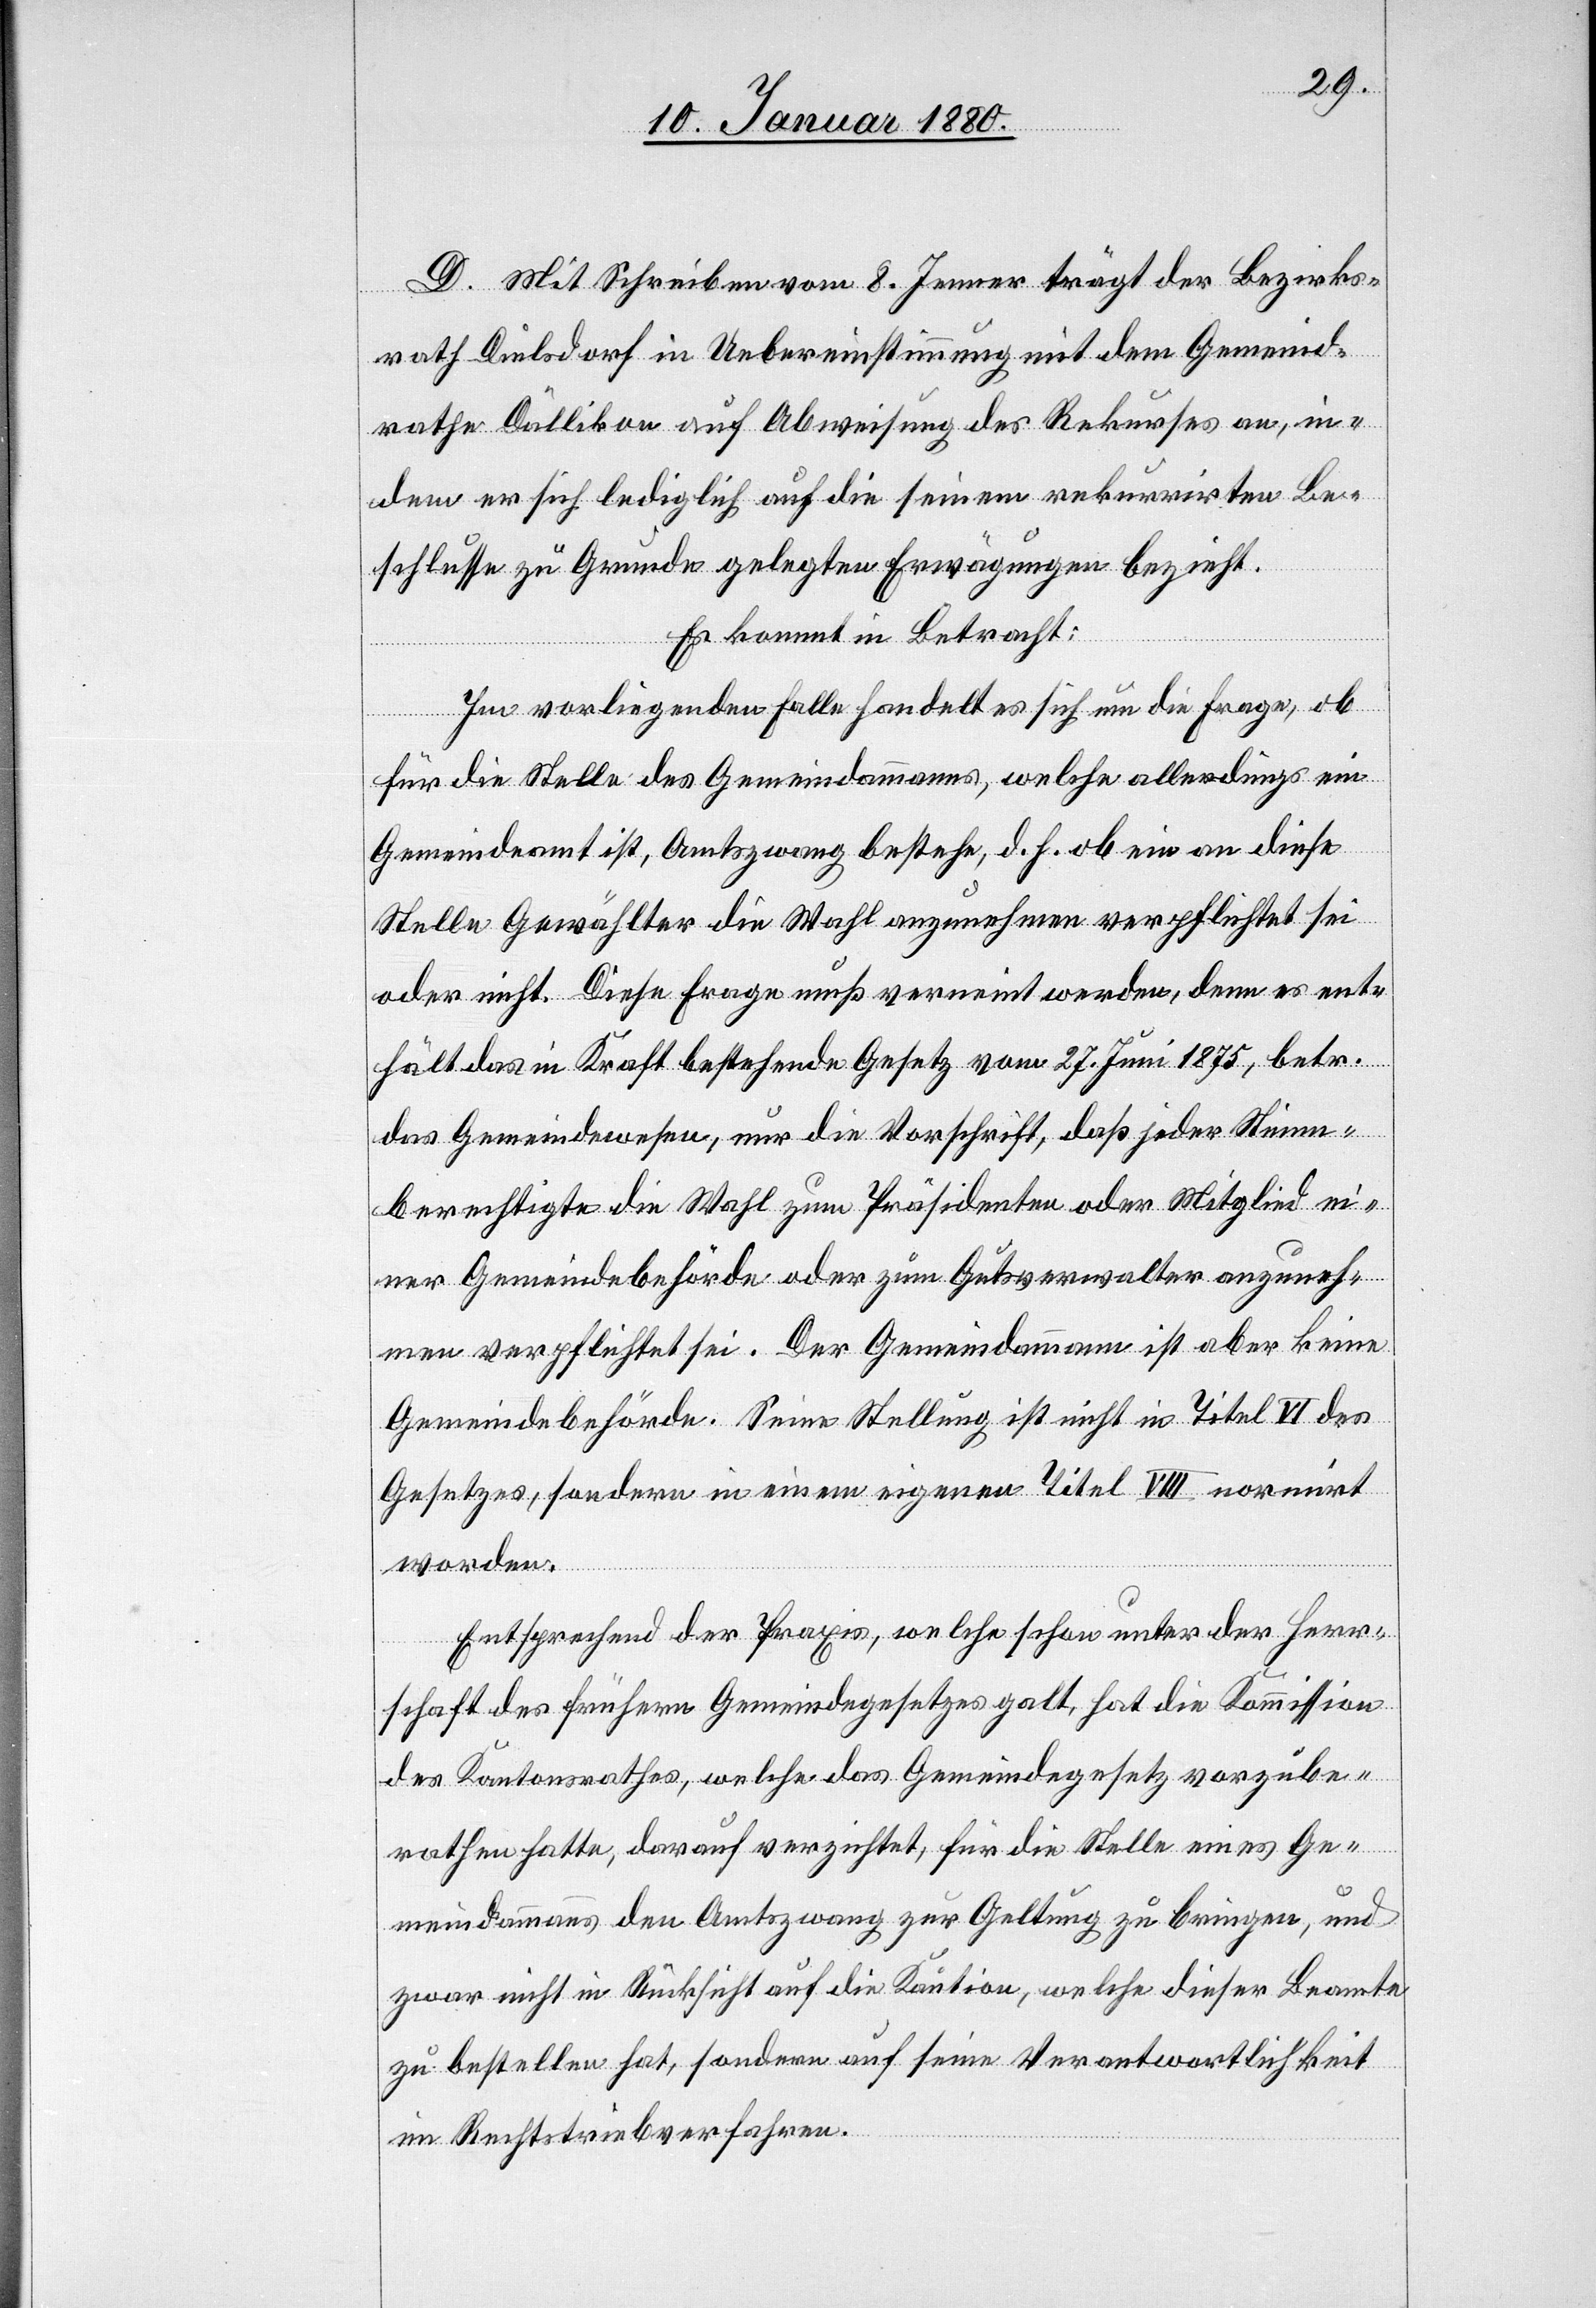
D. Mit Schreiben vom 8. Jenner trägt der Bezirks¬
rath Dielsdorf in Uebereinstimmung mit dem Gemeind¬
rathe Dällikon auf Abweisung des Rekurses an, in¬
dem er sich lediglich auf die seinem rekurrirten Be¬
schlusse zu Grunde gelegten Erwägungen bezieht.
Es kommt in Betracht:
Im vorliegenden Falle handelt es sich um die Frage, ob
für die Stelle des Gemeindammanns, welche allerdings ein
Gemeindeamt ist, Amtszwang bestehe, d. h. ob ein an diese
Stelle Gewählter die Wahl anzunehmen verpflichtet sei
oder nicht. Diese Frage muß verneint werden, denn es ent¬
hält das in Kraft bestehende Gesetz vom 27. Juni 1875, betr.
das Gemeindewesen, nur die Vorschrift, daß jeder Stimm¬
berechtigte die Wahl zum Präsidenten oder Mitglied ei¬
ner Gemeindebehörde oder zum Gutsverwalter anzuneh¬
men verpflichtet sei. Der Gemeindammann ist aber keine
Gemeindebehörde. Seine Stellung ist nicht in Titel VI des
Gesetzes, sondern in einem eigenen Titel VIII normirt
worden.
Entsprechend der Praxis, welche schon unter der Herr¬
schaft des frühern Gemeindegesetzes galt, hat die Kommission
des Kantonsrathes, welche das Gemeindegesetz vorzube¬
rathen hatte, darauf verzichtet, für die Stelle eines Ge¬
meindammanns den Amtszwang zur Geltung zu bringen, und
zwar nicht in Rücksicht auf die Kaution, welche dieser Beamte
zu bestellen hat, sondern auf seine Verantwortlichkeit
im Rechtstriebverfahren.